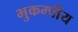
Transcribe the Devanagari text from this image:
भुकम्पीय